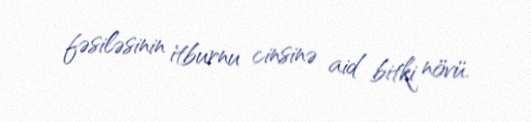
fəsiləsinin i̇tburnu cinsinə aid bitki növü.